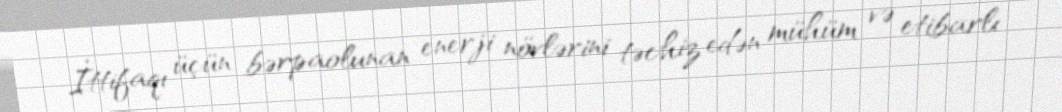
İttifaqı üçün bərpaolunan enerji növlərini təchiz edən mühüm və etibarlı